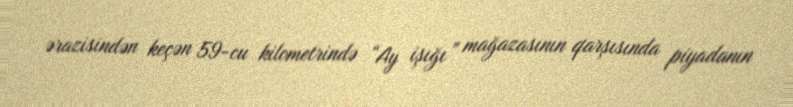
ərazisindən keçən 59-cu kilometrində “Ay işığı” mağazasının qarşısında piyadanın